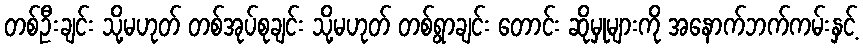
တစ်ဦးချင်း သို့မဟုတ် တစ်အုပ်စုချင်း သို့မဟုတ် တစ်ရွာချင်း တောင်း ဆိုမှုများကို အနောက်ဘက်ကမ်းနှင့်